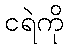
ငရဲကို